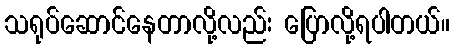
သရုပ်ဆောင်နေတာလို့လည်း ပြောလို့ရပါတယ်။